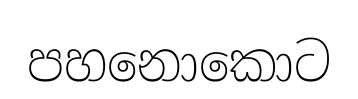
පහනොකොට